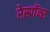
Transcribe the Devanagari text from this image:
रेस्पाॅन्स